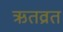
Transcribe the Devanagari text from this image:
ऋतव्रत